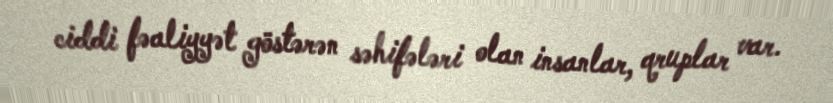
ciddi fəaliyyət göstərən səhifələri olan insanlar, qruplar var.